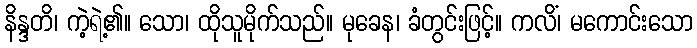
နိန္ဒတိ၊ ကဲ့ရဲ့၏။ သော၊ ထိုသူမိုက်သည်။ မုခေန၊ ခံတွင်းဖြင့်။ ကလိံ၊ မကောင်းသော